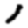
Digit: 1